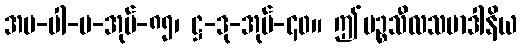
အပ-ပါ-ပ-အုပ်-၈၅၊ ဋ္ဌ-ဒု-အုပ်-၄၀။ ဤပဉ္စသီလသမာဒါနိယ